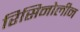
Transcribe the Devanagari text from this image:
रिसिनोलीन